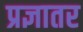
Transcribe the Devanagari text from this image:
प्रज्ञातर